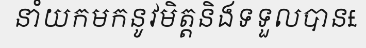
នាំយកមកនូវមិត្តនិងទទួលបាន£